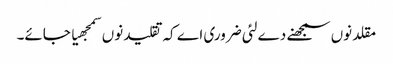
مقلد نو‏‏ں سمجھنے دے لئی ضروری اے کہ تقلید نو‏‏ں سمجھیا جائے۔